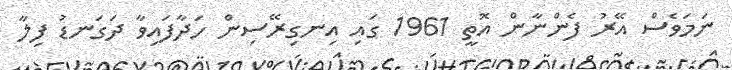
ނަމަވެސް އޭރު ފެންނާން އޮތީ 1961 ގައި އިނގިރޭސިން ހަދާފައިވާ ދަގަނޑު ފިލާ